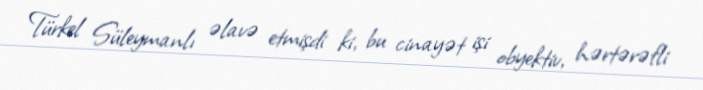
Türkel Süleymanlı əlavə etmişdi ki, bu cinayət işi obyektiv, hərtərəfli